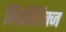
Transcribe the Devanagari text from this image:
मिकीविक्ज